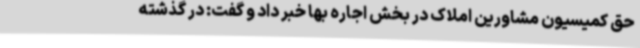
حق کمیسیون مشاورین املاک در بخش اجاره بها خبر داد و گفت: در گذشته